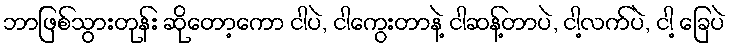
ဘာဖြစ်သွားတုန်း ဆိုတော့ကော ငါပဲ, ငါကွေးတာနဲ့ ငါဆန့်တာပဲ, ငါ့လက်ပဲ, ငါ့ ခြေပဲ